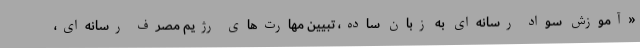
«آموزش سواد رسانه‌ای به زبان ساده، تبیین مهارت‌های رژیم مصرف رسانه‌ای،